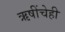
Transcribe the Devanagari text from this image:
ऋषींचेही